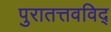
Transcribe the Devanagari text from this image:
पुरातत्तवविद्